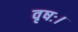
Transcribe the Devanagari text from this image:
वृषः।